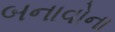
બનાવોના